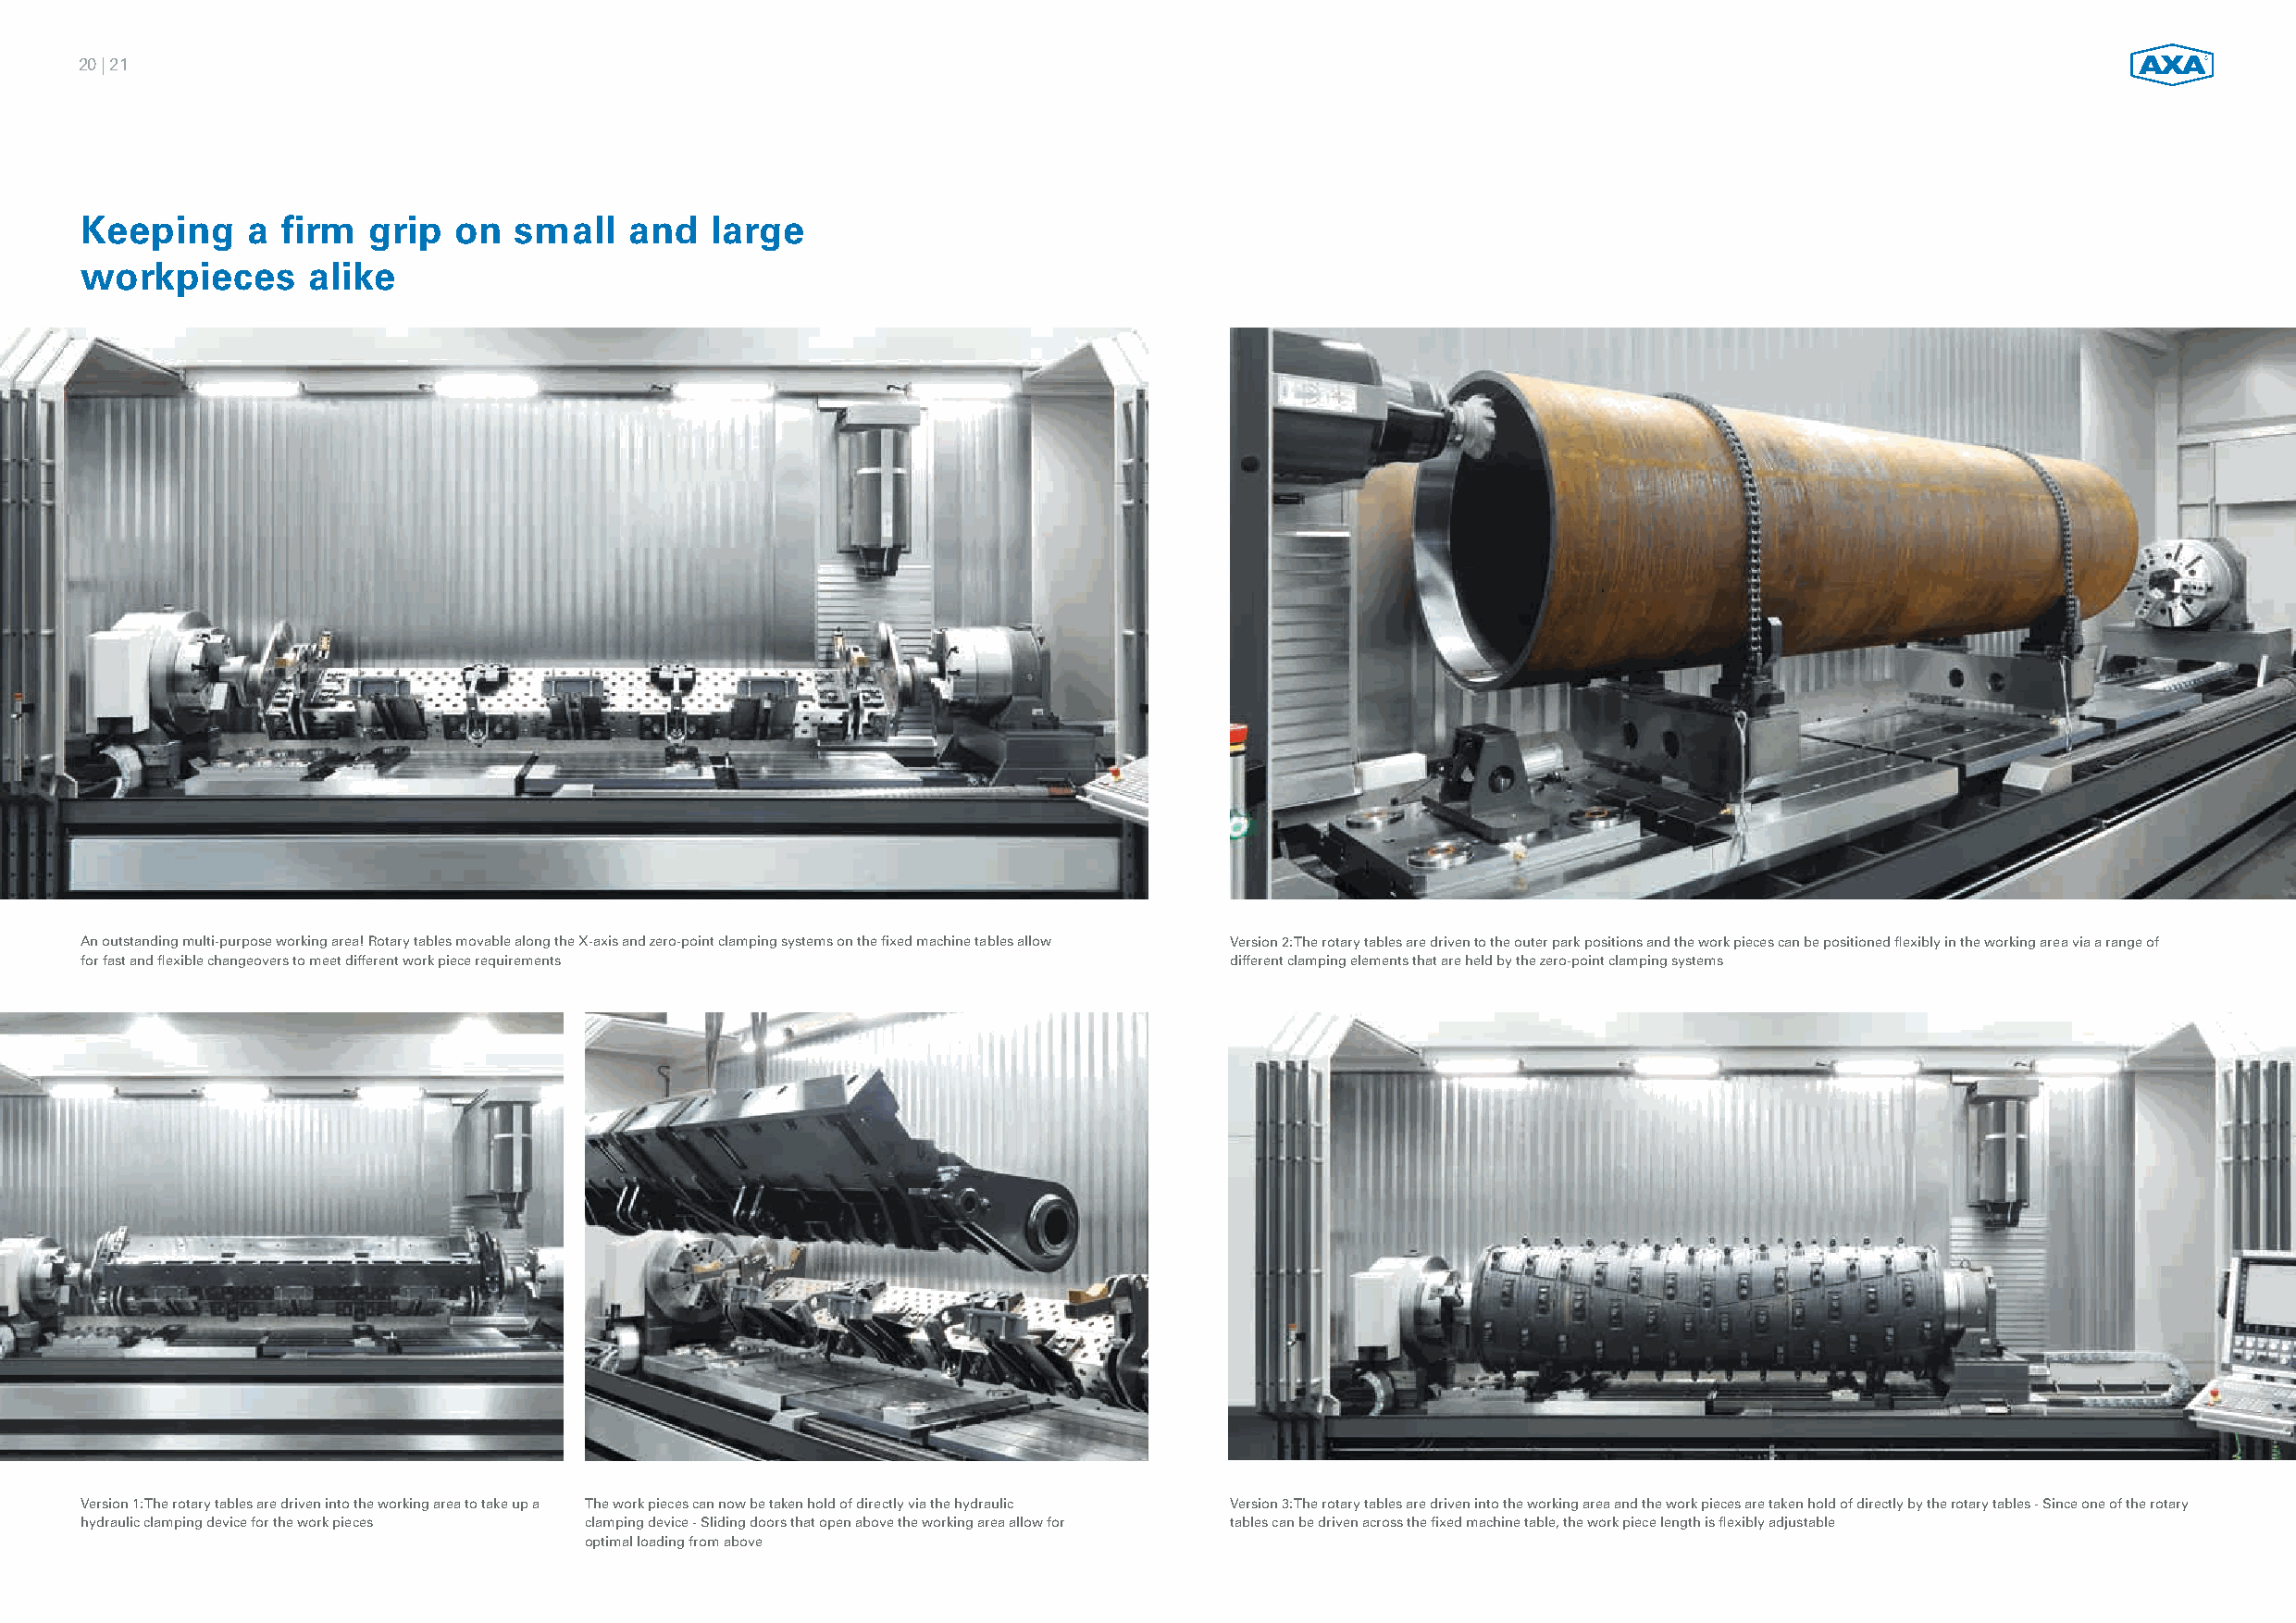
20|21
 Keeping     a firm  grip  on   small   and   large
 workpieces      alike
 An outstanding multi-purpose working area! Rotary tables movable along the X-axis and zero-point clamping systems on the fixed machine tables allow Version 2: The rotary tables are driven to the outer park positions and the work pieces can be positioned flexibly in the working area via a range of
 for fast and flexible changeovers to meet different work piece requirements       different clamping elements that are held by the zero-point clamping systems
 Version 1: The rotary tables are driven into the working area to take up a The work pieces can now be taken hold of directly via the hydraulic Version 3: The rotary tables are driven into the working area and the work pieces are taken hold of directly by the rotary tables - Since one of the rotary
 hydraulic clamping device for the work pieces clamping device - Sliding doors that open above the working area allow for tables can be driven across the fixed machine table, the work piece length is flexibly adjustable
 optimal loading from above